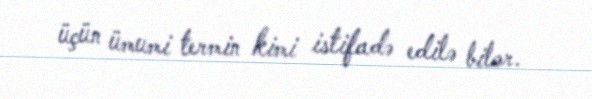
üçün ümumi termin kimi istifadə edilə bilər.